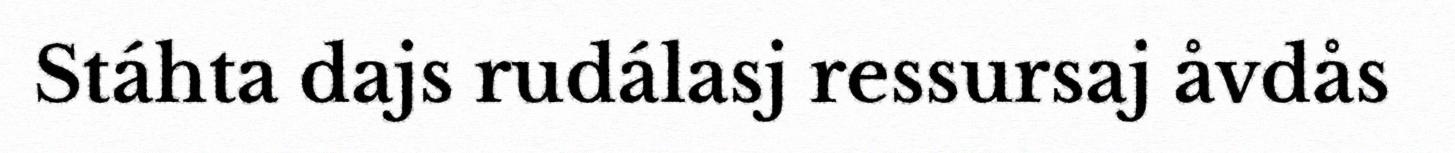
Stáhta dajs rudálasj ressursaj åvdås